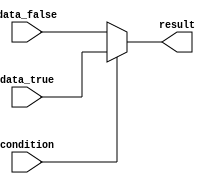
module conditional_operator_example (
    input wire condition,
    input wire data_true,
    input wire data_false,
    output reg result
);

always @* begin
    result = condition ? data_true : data_false;
end

endmodule